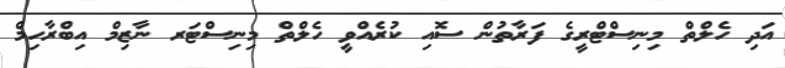
އަދި ހެލްތް މިނިސްޓްރީގެ ފަރާތުން ސޮއި ކުރެއްވީ ހެލްތް މިނިސްޓަރ ނާޒިމް އިބްރާހިމް